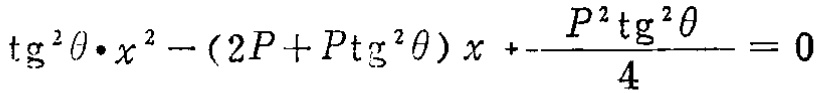
\(\mathrm{tg}^{2}\theta\cdot x^{2}-(2P + P\mathrm{tg}^{2}\theta)x+\frac{P^{2}\mathrm{tg}^{2}\theta}{4}=0\)